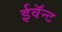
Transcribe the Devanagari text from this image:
ईवॅन्ट